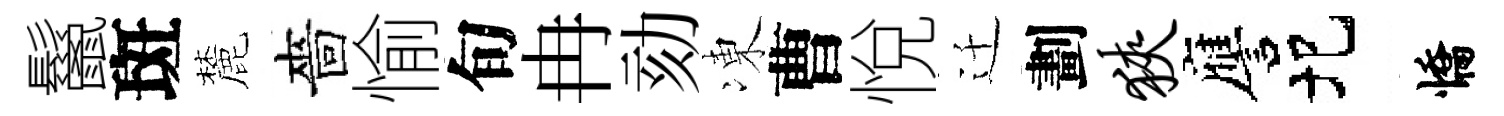
鬣斑麓嗇愉旬冉劾凍曹悅迁劃狭譍圯憍